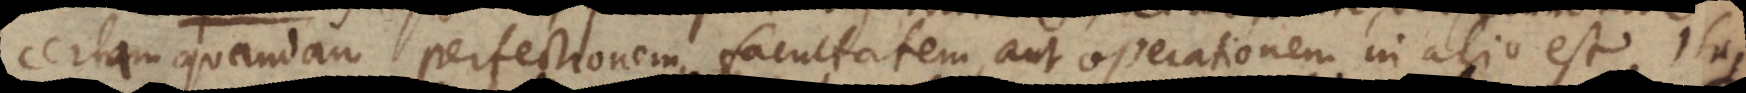
certam quandam perfectionem, facultatem, aut operationem in alio est. Itaque